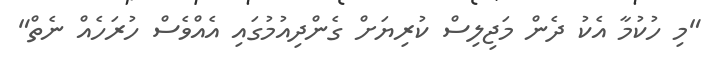
"މި ހުކުމާ އެކު ދެން މަޖިލިސް ކުރިޔަށް ގެންދިއުމުގައި އެއްވެސް ހުރަހެއް ނެތް"